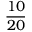
\frac { 1 0 } { 2 0 }